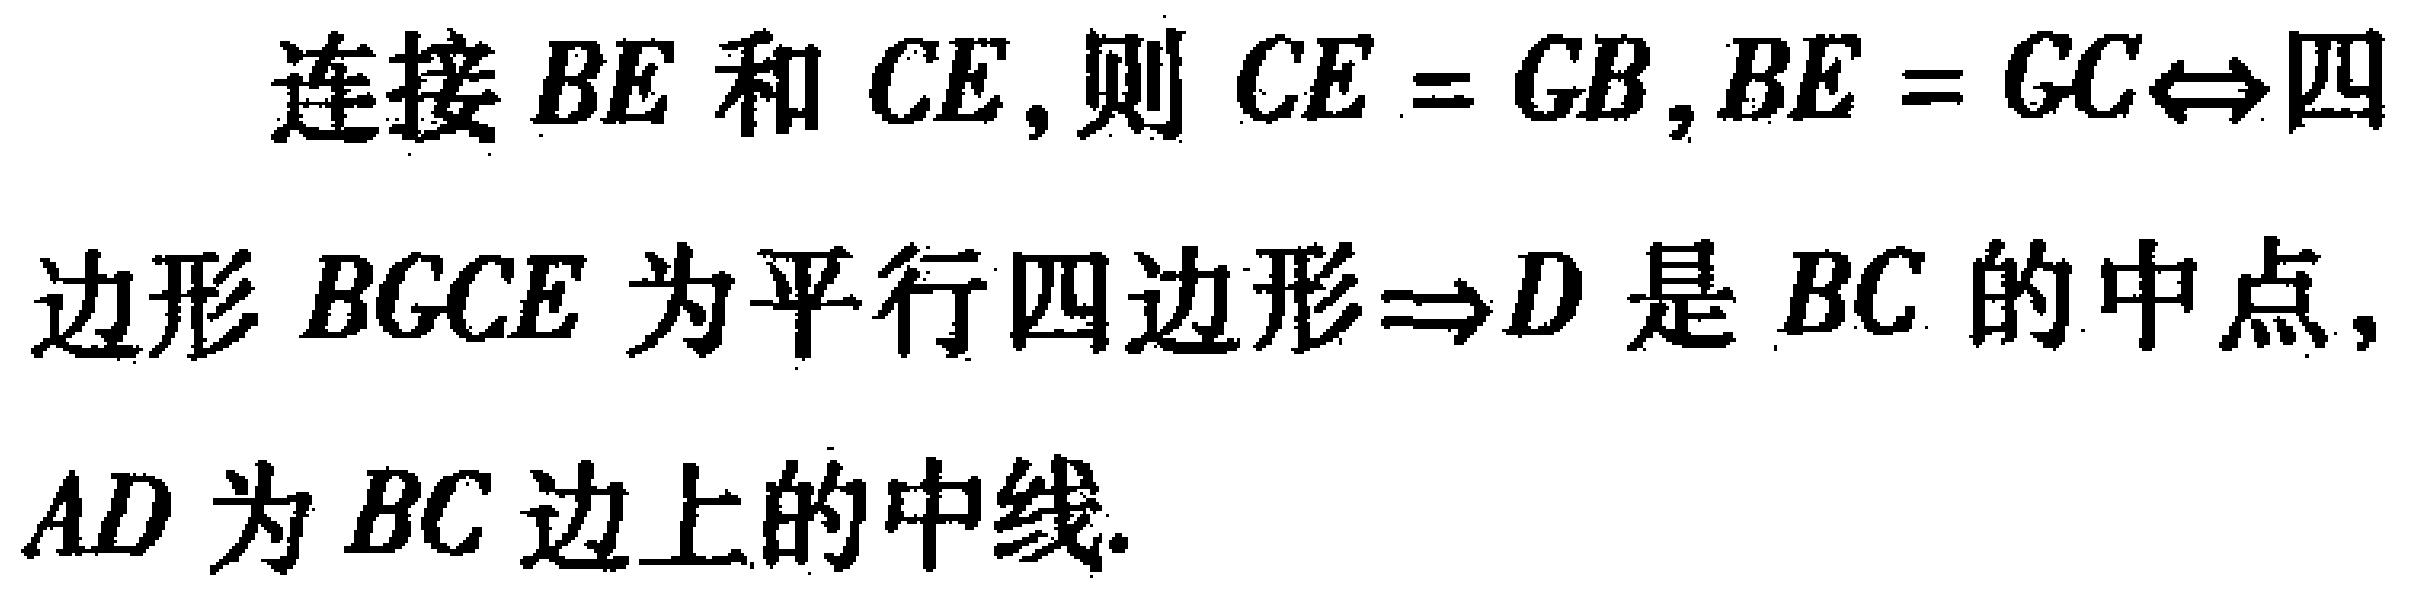
连接 \(BE\) 和 \(CE\)，则 \(CE = GB\)，\(BE = GC\Leftrightarrow\)四边形 \(BGCE\) 为平行四边形\(\Rightarrow D\) 是 \(BC\) 的中点，\(AD\) 为 \(BC\) 边上的中线.